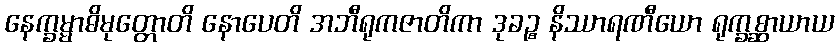
နေက္ခမ္မာဓိမုတ္တောတိ နောပေတိ အဘီရုကဇာတိကာ ဒုခဉ္စ နိဿာရဏီယော ရုက္ခစ္ဆာယာယ